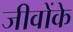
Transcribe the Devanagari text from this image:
जीवोंके